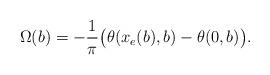
LaTeX: \begin{align*}\Omega(b)=-\frac{1}{\pi}\big(\theta(x_e(b),b)-\theta(0,b)\big).\end{align*}